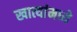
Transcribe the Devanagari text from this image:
खात्यांमध्ये